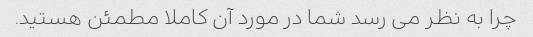
چرا به نظر می رسد شما در مورد آن کاملا مطمئن هستید.